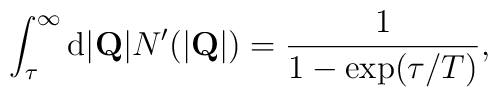
\int_\tau^\infty{\rm d}|{\bf Q}|N^\prime(|{\bf Q}|)=\frac{1}{1-{\rm exp}(\tau/T)},